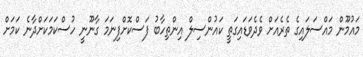
މައުމޫން މައްސަލައިގެ ތެރެއަށް ވެދެވަޑައިގަތީ ކައުންސިލް އިންތިހާބު ފަސްކޮށްފިނަމަ ގާނޫނީ ހުސްކަމަކަށްދާނެ ކަމަށް